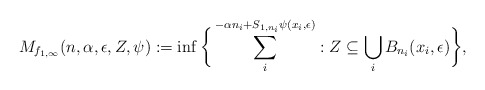
\begin{align*}M_{f_{1,\infty}}(n,\alpha,\epsilon,Z,\psi):=\inf\bigg\{\sum_{i}^{-\alpha n_{i}+S_{1,n_{i}}\psi(x_{i},\epsilon)}:Z\subseteq\bigcup_{i}B_{n_{i}}(x_{i},\epsilon)\bigg\},\end{align*}